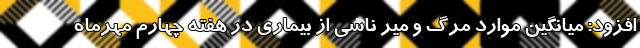
افزود: میانگین موارد مرگ و میر ناشی از بیماری در هفته چهارم مهرماه